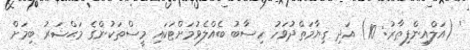
' (އަލްއިންފިޠާރު: 10) އަދި ޤިޔާމަތްދުވަހު ހިސާބު ބެއްލެވުމަށްޓަކައި މީސްތަކުންގެ މަޙްޝަރު ބިމަށް